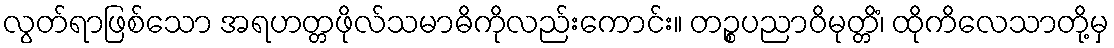
လွတ်ရာဖြစ်သော အရဟတ္တဖိုလ်သမာဓိကိုလည်းကောင်း။ တဉ္စပညာဝိမုတ္တိံ၊ ထိုကိလေသာတို့မှ